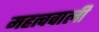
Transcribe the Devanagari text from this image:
महत्ववाली